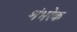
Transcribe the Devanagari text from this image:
शंभरेक